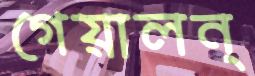
গেয়ালন্